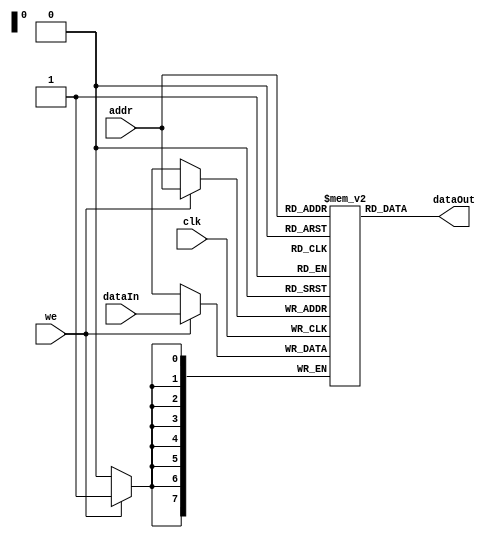
// partially referenced from: https://www.intel.com/content/www/us/en/programmable/quartushelp/13.0/mergedProjects/hdl/vlog/vlog_pro_ram_inferred.htm

module RAM (
    input [7:0] addr,
    input [7:0] dataIn,
    input we,
    input clk,
    output wire [7:0] dataOut
);
    reg [7:0] ram [0:255];
    
    integer i;
    initial begin
        for(i = 0; i < 256; i = i + 1) ram[i] = 8'b00000000;
    end
    
    always@(posedge clk) begin
        if(we) ram[addr] = dataIn;
    end

    assign dataOut = ram[addr];

endmodule